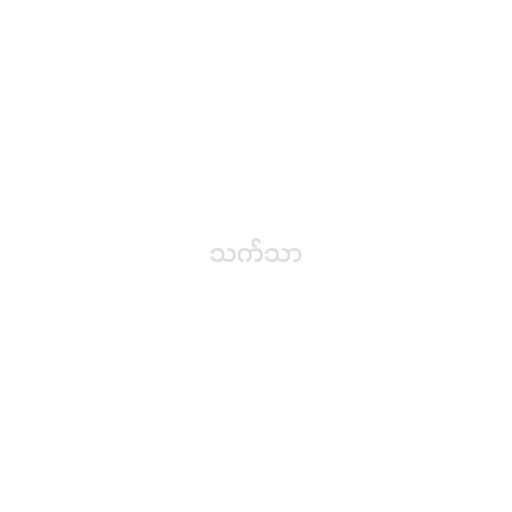
သက်သာ